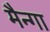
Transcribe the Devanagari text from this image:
मैन्गा